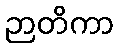
ဉာတိကာ